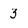
Character: 3